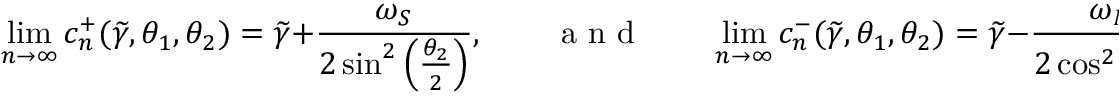
\operatorname* { l i m } _ { n \to \infty } c _ { n } ^ { + } ( \widetilde { \gamma } , \theta _ { 1 } , \theta _ { 2 } ) = \widetilde { \gamma } + \frac { \omega _ { S } } { 2 \sin ^ { 2 } \left( \frac { \theta _ { 2 } } { 2 } \right) } , \qquad \textnormal { a n d } \qquad \operatorname* { l i m } _ { n \to \infty } c _ { n } ^ { - } ( \widetilde { \gamma } , \theta _ { 1 } , \theta _ { 2 } ) = \widetilde { \gamma } - \frac { \omega _ { N } } { 2 \cos ^ { 2 } \left( \frac { \theta _ { 1 } } { 2 } \right) } \cdot